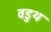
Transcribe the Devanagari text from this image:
वडुथ